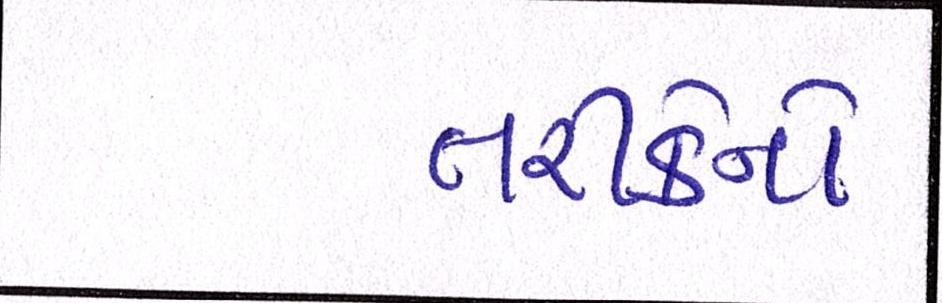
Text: તરીકેનો